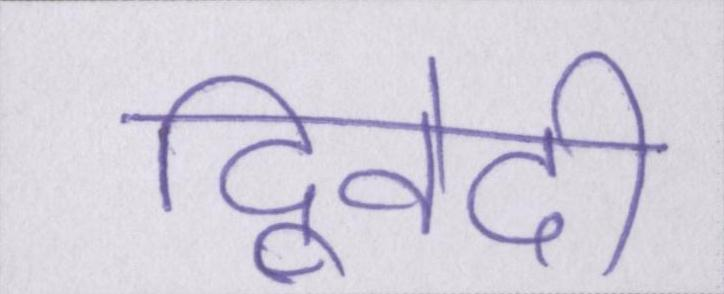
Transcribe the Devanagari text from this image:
द्विवेदी